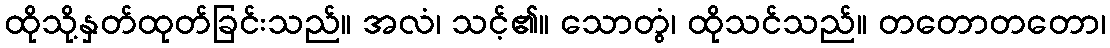
ထိုသို့နှတ်ထုတ်ခြင်းသည်။ အလံ၊ သင့်၏။ သောတွံ၊ ထိုသင်သည်။ တတောတတော၊